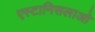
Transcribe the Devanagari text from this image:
एस्टानिसलाओ